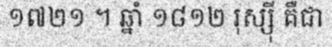
១៧២១ ។ ឆ្នាំ ១៨១២ រុស្ស៊ី គឺជា